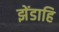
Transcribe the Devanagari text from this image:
झेंडाहि